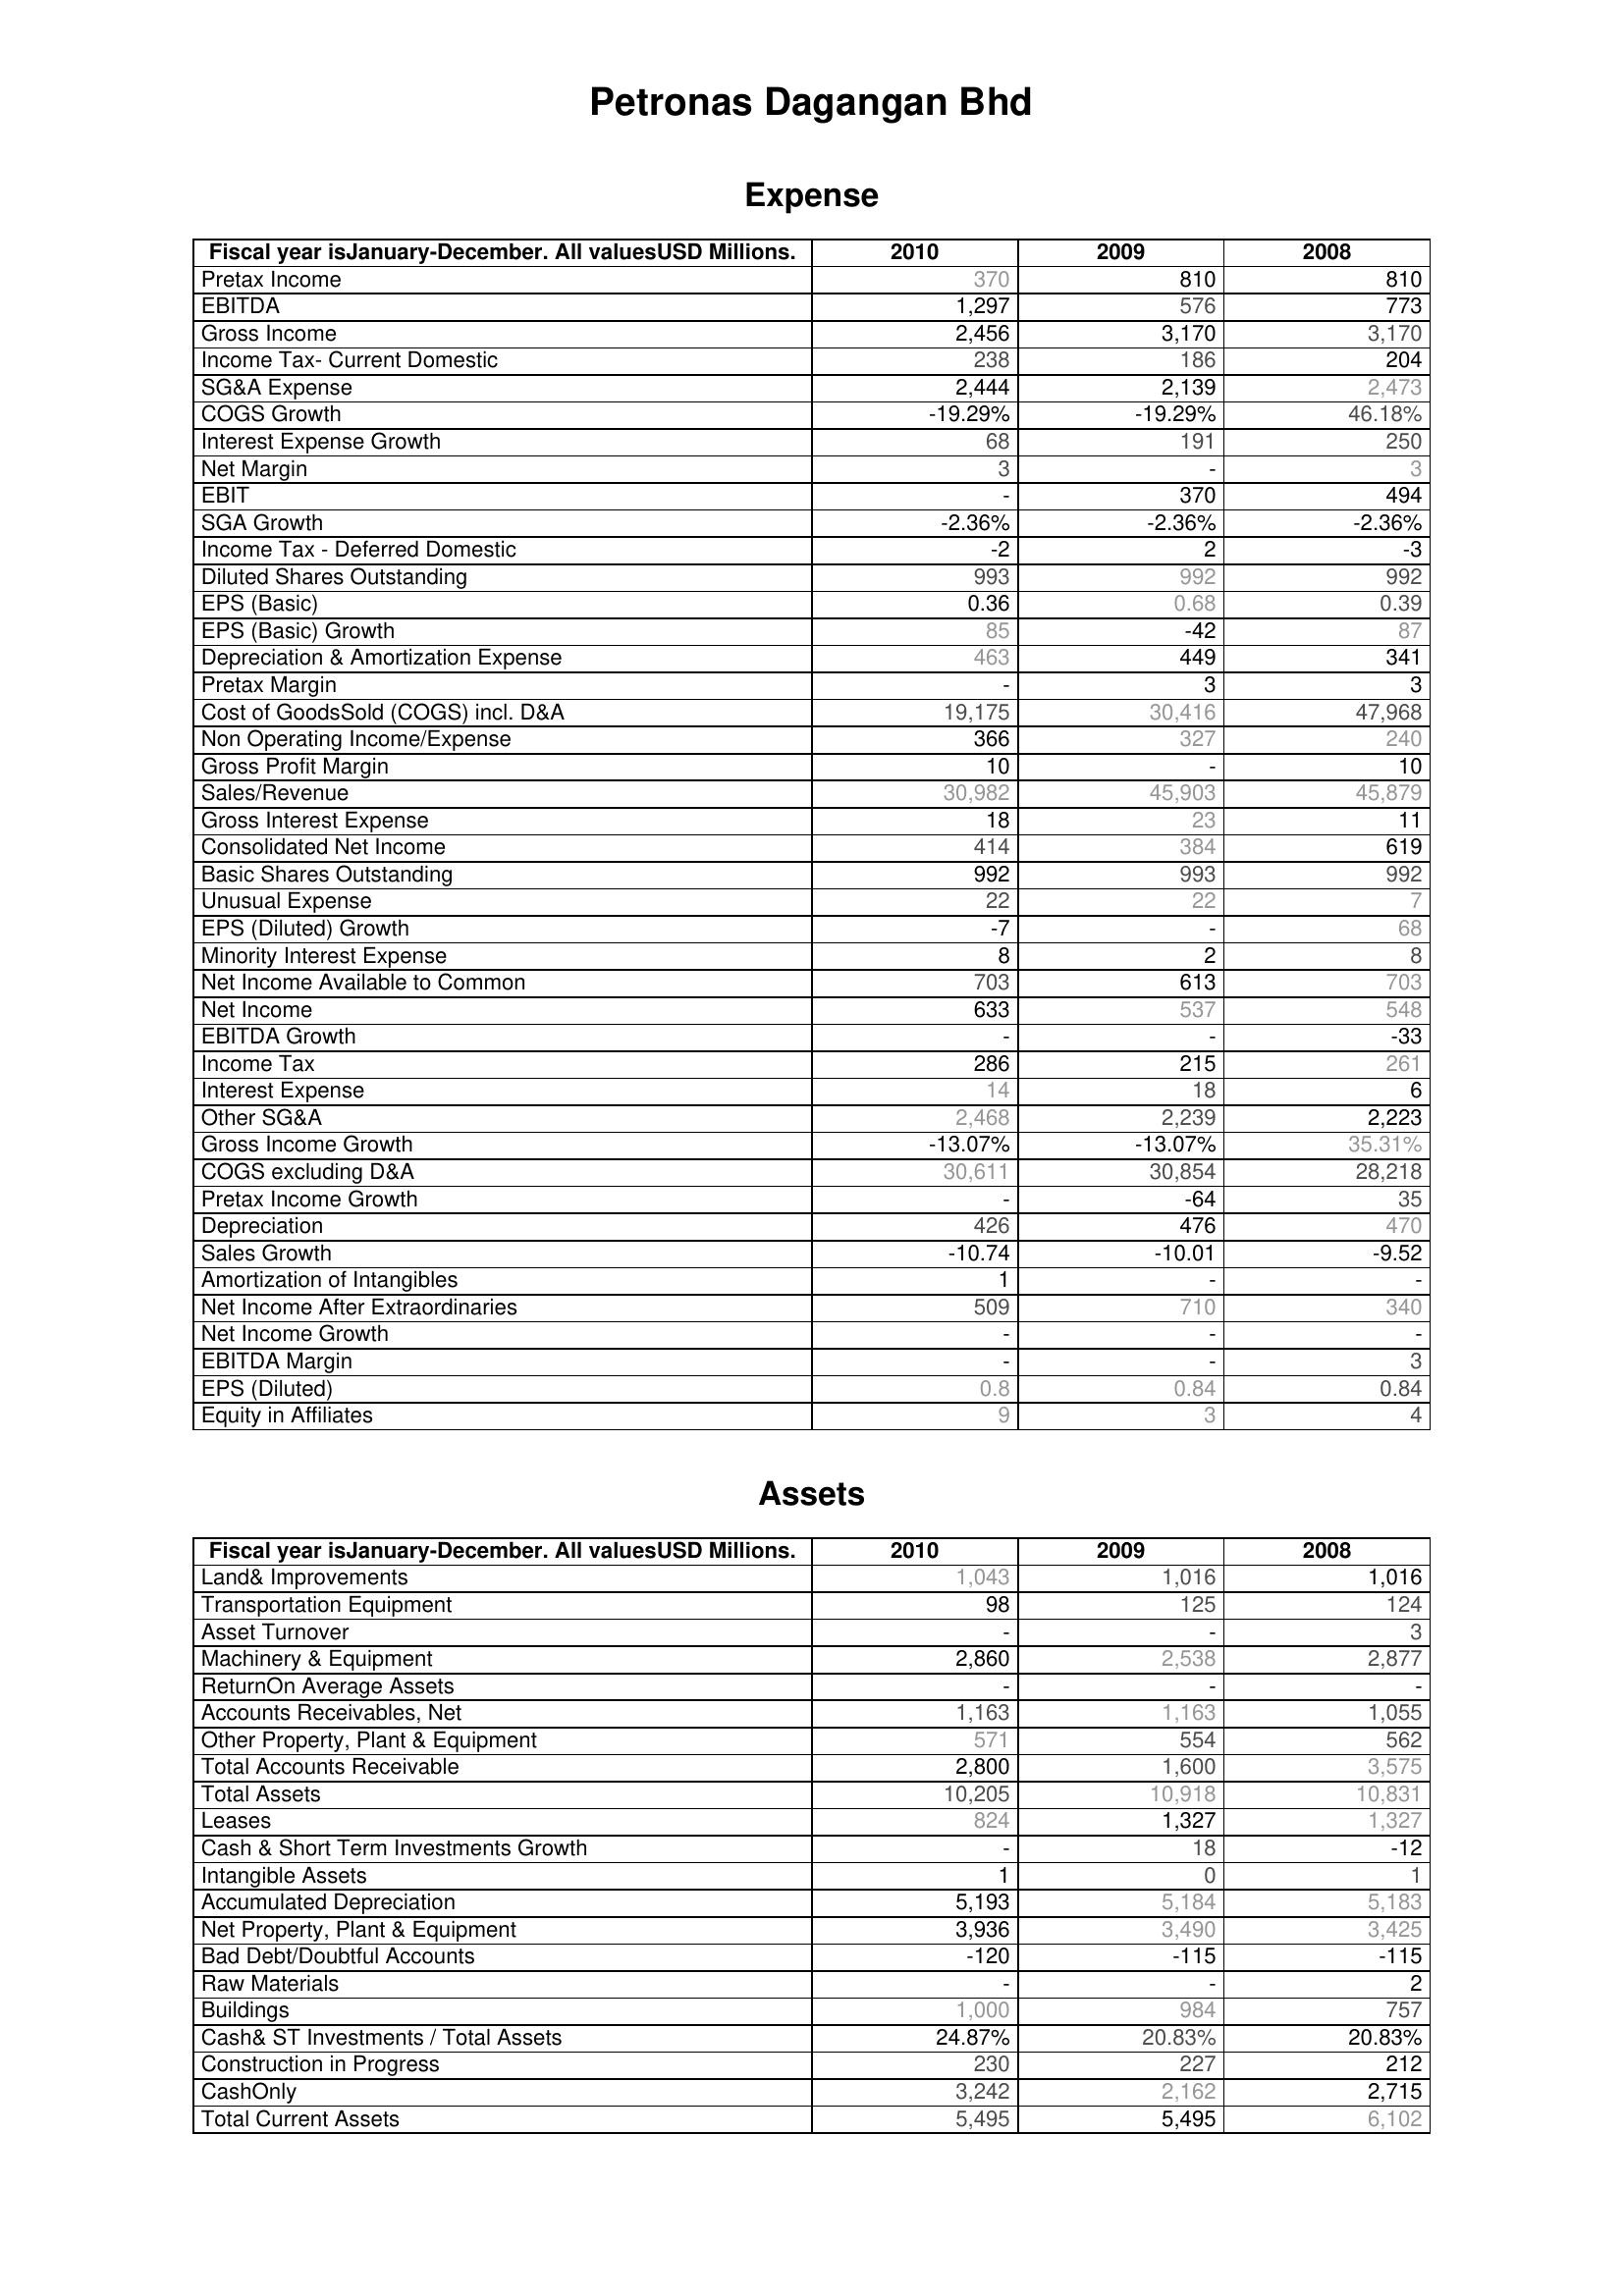
2010: Expense: Pretax Income: 370
EBITDA: 1,297
Gross Income: 2,456
Income Tax- Current Domestic: 238
SG&A Expense: 2,444
COGS Growth: -19.29%
Interest Expense Growth: 68
Net Margin: 3
EBIT: -
SGA Growth: -2.36%
Income Tax - Deferred Domestic: -2
Diluted Shares Outstanding: 993
EPS (Basic): 0.36
EPS (Basic) Growth: 85
Depreciation & Amortization Expense: 463
Pretax Margin: -
Cost of GoodsSold (COGS) incl. D&A: 19,175
Non Operating Income/Expense: 366
Gross Profit Margin: 10
Sales/Revenue: 30,982
Gross Interest Expense: 18
Consolidated Net Income: 414
Basic Shares Outstanding: 992
Unusual Expense: 22
EPS (Diluted) Growth: -7
Minority Interest Expense: 8
Net Income Available to Common: 703
Net Income: 633
EBITDA Growth: -
Income Tax: 286
Interest Expense: 14
Other SG&A: 2,468
Gross Income Growth: -13.07%
COGS excluding D&A: 30,611
Pretax Income Growth: -
Depreciation: 426
Sales Growth: -10.74
Amortization of Intangibles: 1
Net Income After Extraordinaries: 509
Net Income Growth: -
EBITDA Margin: -
EPS (Diluted): 0.8
Equity in Affiliates: 9
Assets: Land& Improvements: 1,043
Transportation Equipment: 98
Asset Turnover: -
Machinery & Equipment: 2,860
ReturnOn Average Assets: -
Accounts Receivables, Net: 1,163
Other Property, Plant & Equipment: 571
Total Accounts Receivable: 2,800
Total Assets: 10,205
Leases: 824
Cash & Short Term Investments Growth: -
Intangible Assets: 1
Accumulated Depreciation: 5,193
Net Property, Plant & Equipment: 3,936
Bad Debt/Doubtful Accounts: -120
Raw Materials: -
Buildings: 1,000
Cash& ST Investments / Total Assets: 24.87%
Construction in Progress: 230
CashOnly: 3,242
Total Current Assets: 5,495
2009: Expense: Pretax Income: 810
EBITDA: 576
Gross Income: 3,170
Income Tax- Current Domestic: 186
SG&A Expense: 2,139
COGS Growth: -19.29%
Interest Expense Growth: 191
Net Margin: -
EBIT: 370
SGA Growth: -2.36%
Income Tax - Deferred Domestic: 2
Diluted Shares Outstanding: 992
EPS (Basic): 0.68
EPS (Basic) Growth: -42
Depreciation & Amortization Expense: 449
Pretax Margin: 3
Cost of GoodsSold (COGS) incl. D&A: 30,416
Non Operating Income/Expense: 327
Gross Profit Margin: -
Sales/Revenue: 45,903
Gross Interest Expense: 23
Consolidated Net Income: 384
Basic Shares Outstanding: 993
Unusual Expense: 22
EPS (Diluted) Growth: -
Minority Interest Expense: 2
Net Income Available to Common: 613
Net Income: 537
EBITDA Growth: -
Income Tax: 215
Interest Expense: 18
Other SG&A: 2,239
Gross Income Growth: -13.07%
COGS excluding D&A: 30,854
Pretax Income Growth: -64
Depreciation: 476
Sales Growth: -10.01
Amortization of Intangibles: -
Net Income After Extraordinaries: 710
Net Income Growth: -
EBITDA Margin: -
EPS (Diluted): 0.84
Equity in Affiliates: 3
Assets: Land& Improvements: 1,016
Transportation Equipment: 125
Asset Turnover: -
Machinery & Equipment: 2,538
ReturnOn Average Assets: -
Accounts Receivables, Net: 1,163
Other Property, Plant & Equipment: 554
Total Accounts Receivable: 1,600
Total Assets: 10,918
Leases: 1,327
Cash & Short Term Investments Growth: 18
Intangible Assets: 0
Accumulated Depreciation: 5,184
Net Property, Plant & Equipment: 3,490
Bad Debt/Doubtful Accounts: -115
Raw Materials: -
Buildings: 984
Cash& ST Investments / Total Assets: 20.83%
Construction in Progress: 227
CashOnly: 2,162
Total Current Assets: 5,495
2008: Expense: Pretax Income: 810
EBITDA: 773
Gross Income: 3,170
Income Tax- Current Domestic: 204
SG&A Expense: 2,473
COGS Growth: 46.18%
Interest Expense Growth: 250
Net Margin: 3
EBIT: 494
SGA Growth: -2.36%
Income Tax - Deferred Domestic: -3
Diluted Shares Outstanding: 992
EPS (Basic): 0.39
EPS (Basic) Growth: 87
Depreciation & Amortization Expense: 341
Pretax Margin: 3
Cost of GoodsSold (COGS) incl. D&A: 47,968
Non Operating Income/Expense: 240
Gross Profit Margin: 10
Sales/Revenue: 45,879
Gross Interest Expense: 11
Consolidated Net Income: 619
Basic Shares Outstanding: 992
Unusual Expense: 7
EPS (Diluted) Growth: 68
Minority Interest Expense: 8
Net Income Available to Common: 703
Net Income: 548
EBITDA Growth: -33
Income Tax: 261
Interest Expense: 6
Other SG&A: 2,223
Gross Income Growth: 35.31%
COGS excluding D&A: 28,218
Pretax Income Growth: 35
Depreciation: 470
Sales Growth: -9.52
Amortization of Intangibles: -
Net Income After Extraordinaries: 340
Net Income Growth: -
EBITDA Margin: 3
EPS (Diluted): 0.84
Equity in Affiliates: 4
Assets: Land& Improvements: 1,016
Transportation Equipment: 124
Asset Turnover: 3
Machinery & Equipment: 2,877
ReturnOn Average Assets: -
Accounts Receivables, Net: 1,055
Other Property, Plant & Equipment: 562
Total Accounts Receivable: 3,575
Total Assets: 10,831
Leases: 1,327
Cash & Short Term Investments Growth: -12
Intangible Assets: 1
Accumulated Depreciation: 5,183
Net Property, Plant & Equipment: 3,425
Bad Debt/Doubtful Accounts: -115
Raw Materials: 2
Buildings: 757
Cash& ST Investments / Total Assets: 20.83%
Construction in Progress: 212
CashOnly: 2,715
Total Current Assets: 6,102